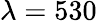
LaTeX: \lambda=530